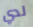
لدي